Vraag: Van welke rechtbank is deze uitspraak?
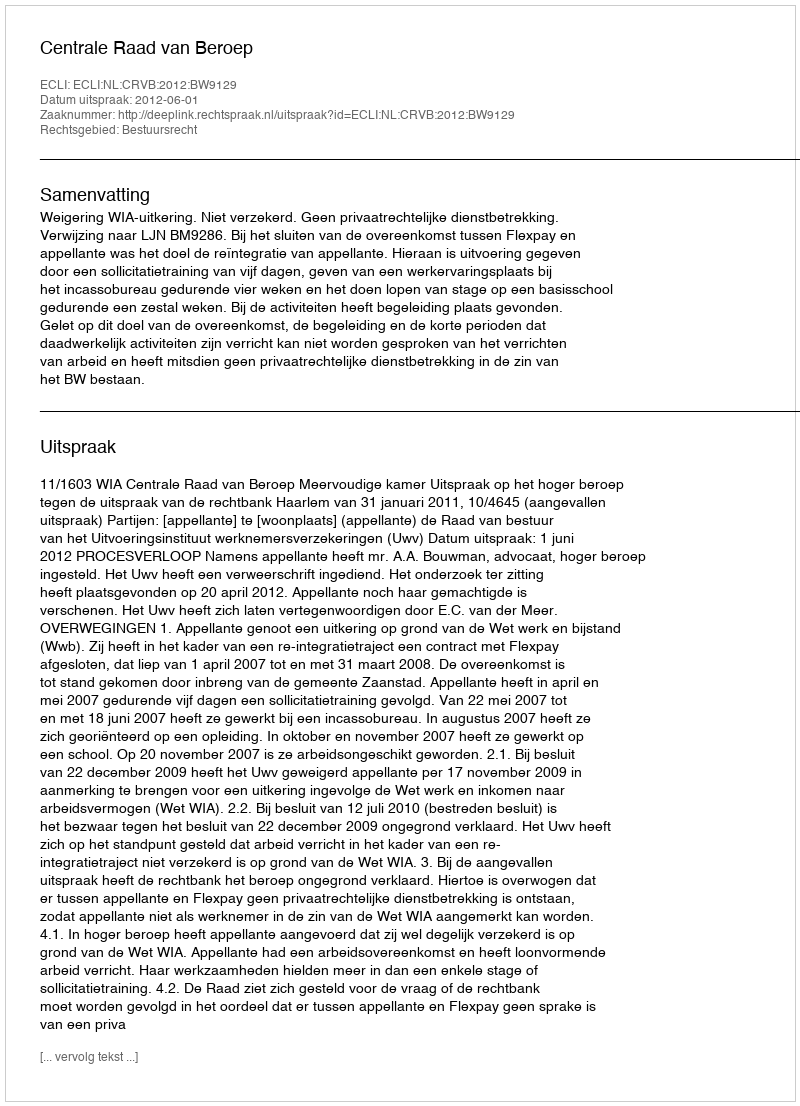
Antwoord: Centrale Raad van Beroep